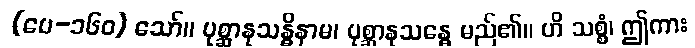
(ပေ-၁၆၀) သော်။ ပုစ္ဆာနုသန္ဓိနာမ၊ ပုစ္ဆာနုသန္ဓေ မည်၏။ ဟိ သစ္စံ၊ ဤကား